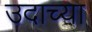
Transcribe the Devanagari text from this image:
उदाच्या